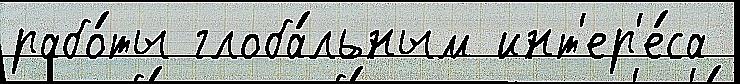
рабо́ты глоба́льным инт'ер'е́са